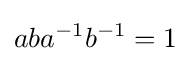
aba^{-1}b^{-1}=1